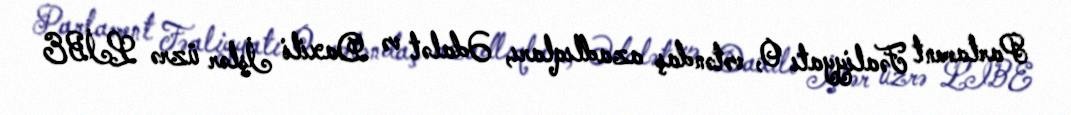
Parlament Fəaliyyatı O, vətəndaş azadlıqları, Ədalət və Daxili İşlər üzrə LİBE